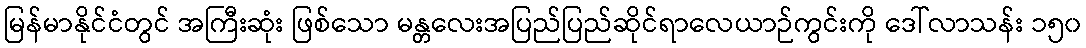
မြန်မာနိုင်ငံတွင် အကြီးဆုံး ဖြစ်သော မန္တလေးအပြည်ပြည်ဆိုင်ရာလေယာဉ်ကွင်းကို ဒေါ်လာသန်း ၁၅၀